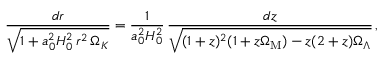
{ \frac { d r } { \sqrt { 1 + a _ { 0 } ^ { 2 } H _ { 0 } ^ { 2 } \, r ^ { 2 } \, \Omega _ { K } } } } = { \frac { 1 } { a _ { 0 } ^ { 2 } H _ { 0 } ^ { 2 } } } \, { \frac { d z } { \sqrt { ( 1 + z ) ^ { 2 } ( 1 + z \Omega _ { \mathrm { M } } ) - z ( 2 + z ) \Omega _ { \Lambda } } } } \, ,